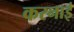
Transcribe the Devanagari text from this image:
करनाई